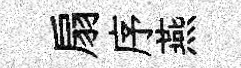
扇序燕